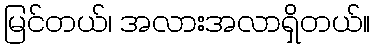
မြင်တယ်၊ အလားအလာရှိတယ်။